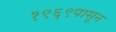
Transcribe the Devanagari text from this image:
१९६९पासून